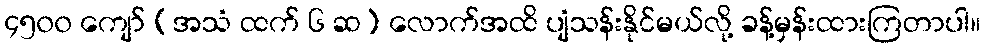
၄၅၀၀ ကျော် (အသံ ထက် ၆ ဆ) လောက်အထိ ပျံသန်းနိုင်မယ်လို့ ခန့်မှန်းထားကြတာပါ။